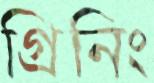
গ্রিনিং